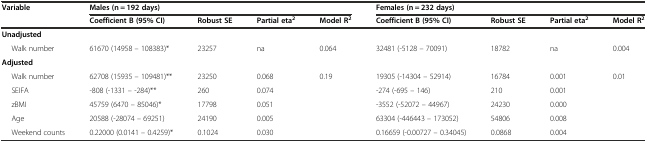
<table><thead><tr><td><b>Variable</b></td><td colspan="4"><b>Males (n = 192 days)</b></td><td colspan="4"><b>Females (n = 232 days)</b></td></tr><tr><td></td><td><b>Coefficient B (95% CI)</b></td><td><b>Robust SE</b></td><td><b>Partial eta<sup>2</sup></b></td><td><b>Model R<sup>2</sup></b></td><td><b>Coefficient B (95% CI)</b></td><td><b>Robust SE</b></td><td><b>Partial eta<sup>2</sup></b></td><td><b>Model R<sup>2</sup></b></td></tr></thead><tbody><tr><td><b>Unadjusted</b></td><td></td><td></td><td></td><td></td><td></td><td></td><td></td><td></td></tr><tr><td>Walk number</td><td>61670 (14958 – 108383)*</td><td>23257</td><td>na</td><td>0.064</td><td>32481 (-5128 – 70091)</td><td>18782</td><td>na</td><td>0.004</td></tr><tr><td><b>Adjusted</b></td><td></td><td></td><td></td><td></td><td></td><td></td><td></td><td></td></tr><tr><td>Walk number</td><td>62708 (15935 – 109481)**</td><td>23250</td><td>0.068</td><td>0.19</td><td>19305 (-14304 – 52914)</td><td>16784</td><td>0.001</td><td>0.01</td></tr><tr><td>SEIFA</td><td>-808 (-1331 – -284)**</td><td>260</td><td>0.074</td><td></td><td>-274 (-695 – 146)</td><td>210</td><td>0.001</td><td></td></tr><tr><td>zBMI</td><td>45759 (6470 – 85046)*</td><td>17798</td><td>0.051</td><td></td><td>-3552 (-52072 – 44967)</td><td>24230</td><td>0.000</td><td></td></tr><tr><td>Age</td><td>20588 (-28074 – 69251)</td><td>24190</td><td>0.005</td><td></td><td>63304 (-446443 – 173052)</td><td>54806</td><td>0.008</td><td></td></tr><tr><td>Weekend counts</td><td>0.22000 (0.0141 – 0.4259)*</td><td>0.1024</td><td>0.030</td><td></td><td>0.16659 (-0.00727 – 0.34045)</td><td>0.0868</td><td>0.004</td><td></td></tr></tbody></table>